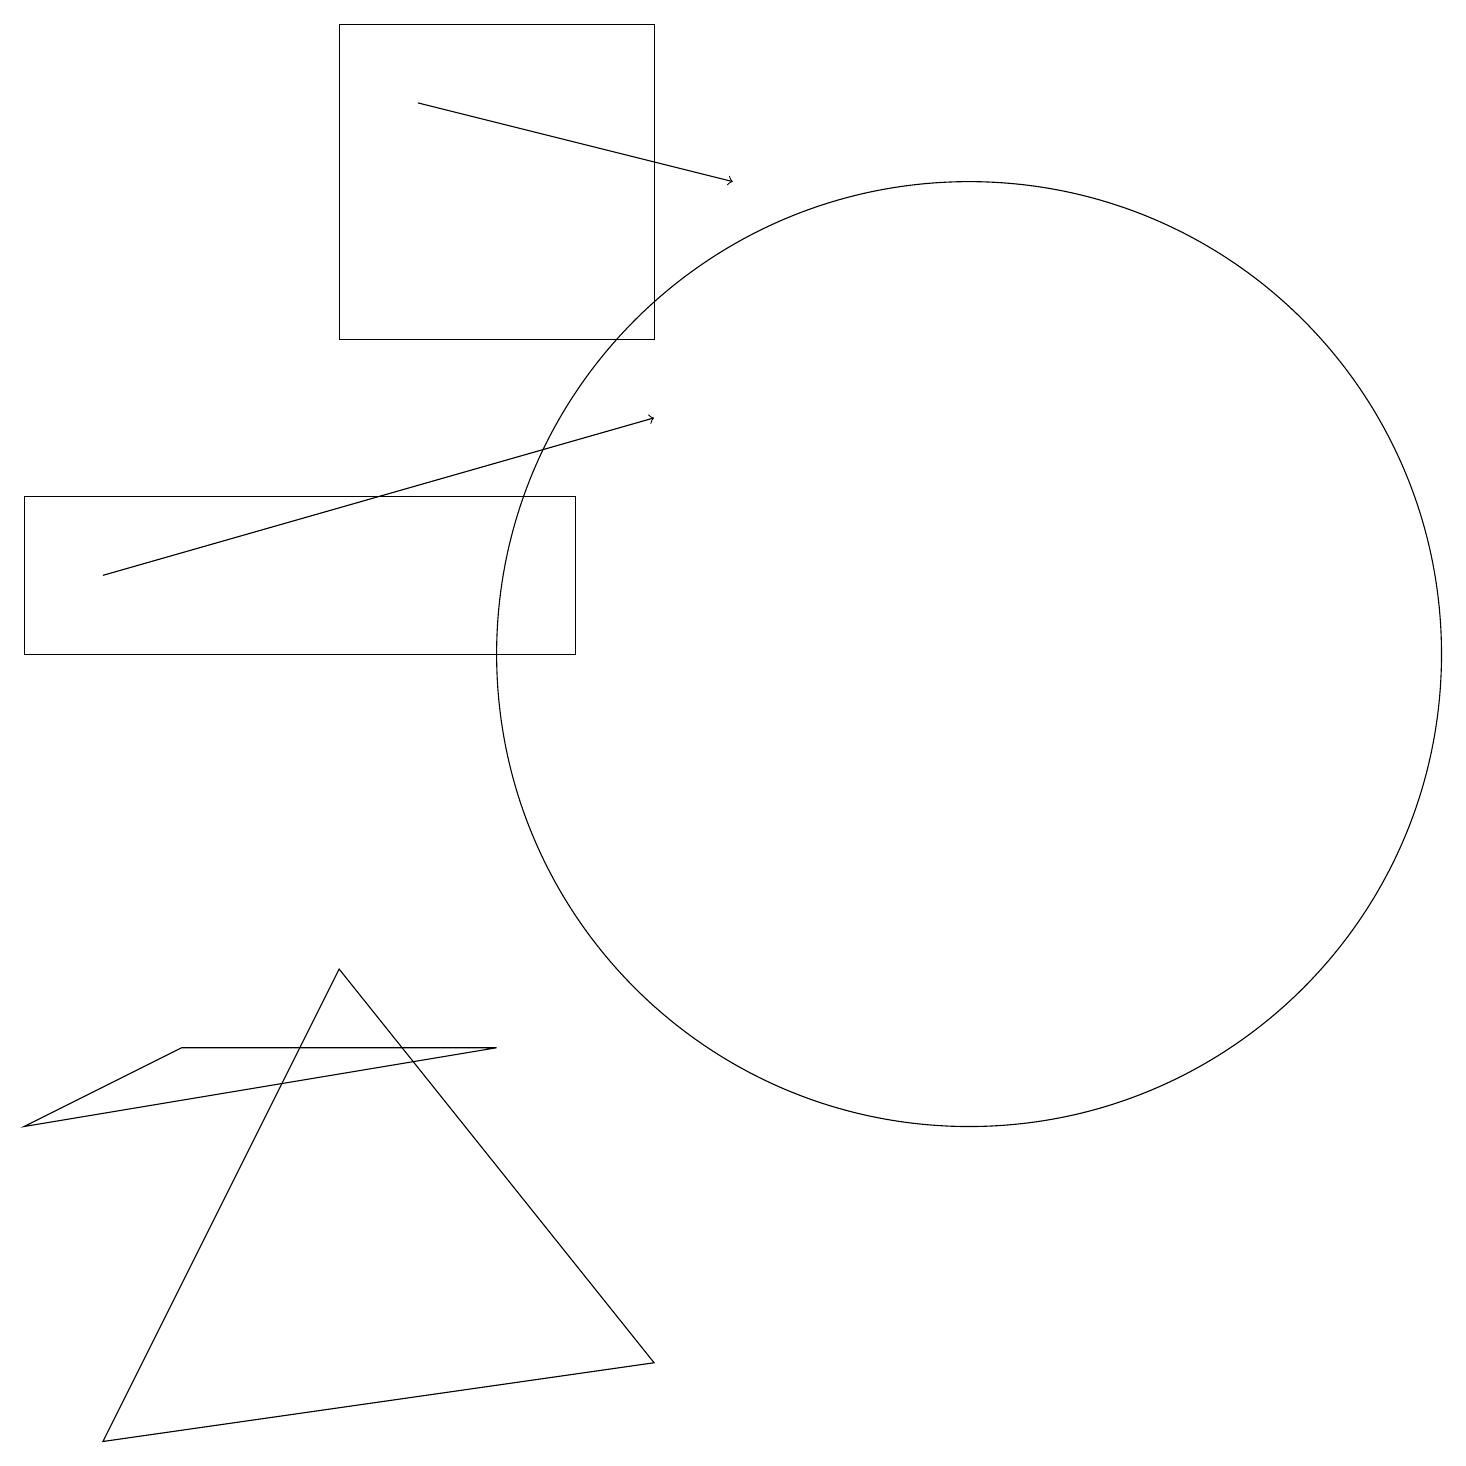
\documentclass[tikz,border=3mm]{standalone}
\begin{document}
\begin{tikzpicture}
\draw (1,1) -- (8,2) -- (4,7) -- cycle;
\draw[->] (1,12) -- (8,14);
\draw (0,11) rectangle (7,13);
\draw (12,11) circle (6);
\draw (6,6) -- (2,6) -- (0,5) -- cycle;
\draw[->] (5,18) -- (9,17);
\draw (8,15) rectangle (4,19);
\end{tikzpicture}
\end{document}